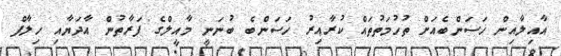
އާއިލާއިން ހަސަންބެއަށް ތުހުމަތުތައް ކުރާއިރު ހަސަންބެ ބުނަނީ މާއީލްގެ ފަރާތުން އާދަޔާއި ހިލާފް